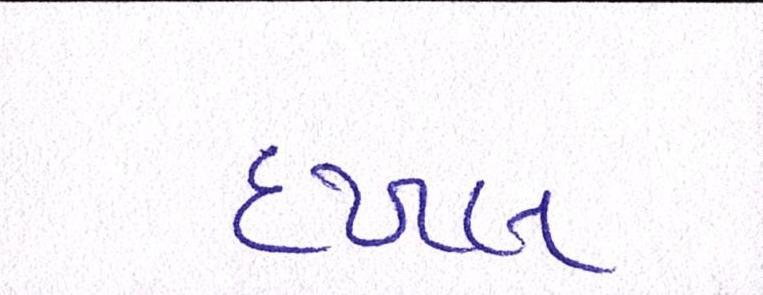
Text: દખલ